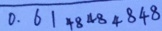
0 . 6 1 4 8 4 8 4 8 4 8